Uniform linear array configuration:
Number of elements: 4
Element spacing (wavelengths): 0.75
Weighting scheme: cosine
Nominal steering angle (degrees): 15
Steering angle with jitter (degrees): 16.398
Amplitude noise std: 0.05
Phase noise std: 0.05

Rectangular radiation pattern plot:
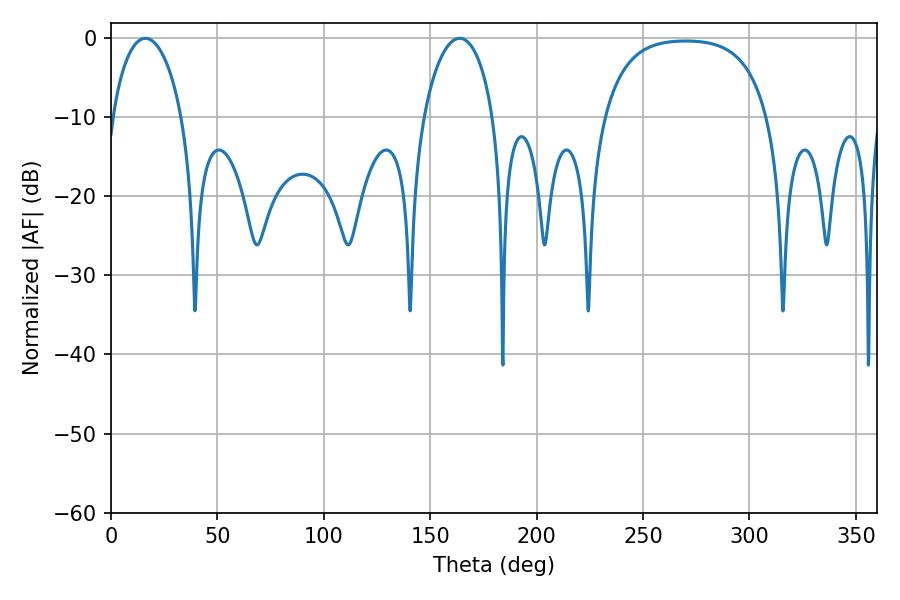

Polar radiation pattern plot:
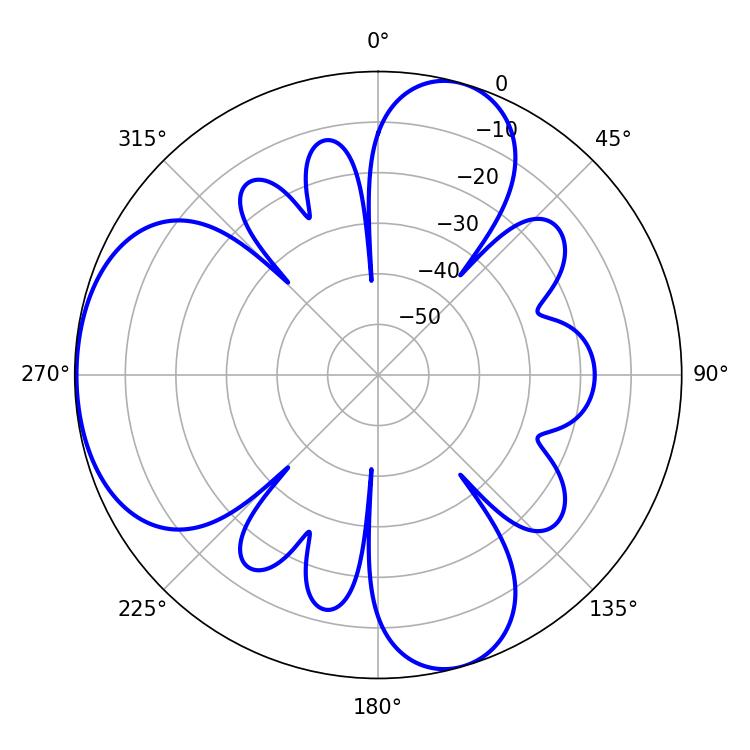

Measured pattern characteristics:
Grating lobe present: TRUE
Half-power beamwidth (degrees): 18.72
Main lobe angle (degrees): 16.2